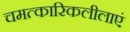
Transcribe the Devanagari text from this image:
चमत्कारिकलीलाएं